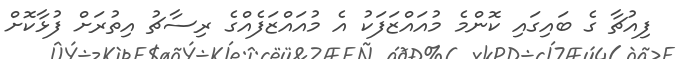
ފިއުޗާ ގެ ބައިގައި ކޮންމެ މުއައްޒަފަކު އެ މުއައްޒަފެއްގެ ރިސާޗު އިތުރަށް ފުޅާކޮށް